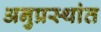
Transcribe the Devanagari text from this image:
अनुप्रस्थांत